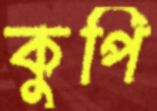
কুপি